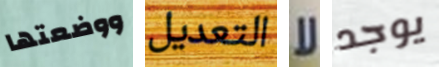
ووضعتها التعديل لا يوجد